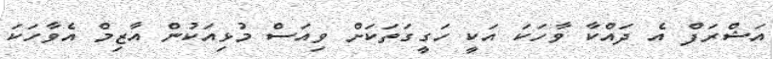
އަޝްރަފް އެ ދައްކާ ވާހަކަ އަކީ ހަގީގަތަކަށް ވިއަސް މުޅިއަކުން އާޒިމް އެވާހަކަ